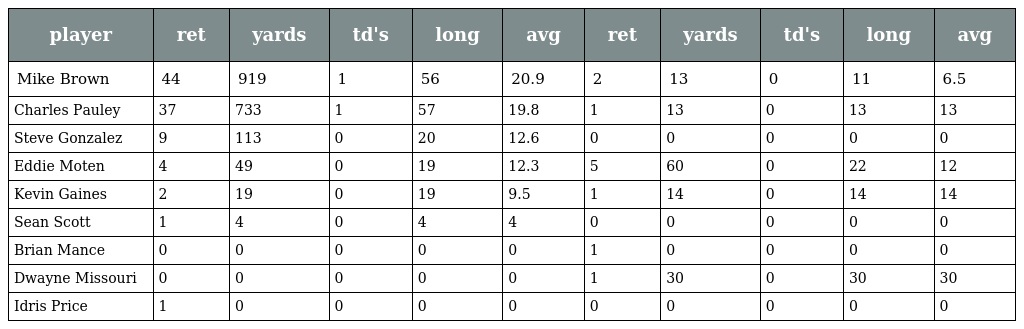
| player | ret | yards | td's | long | avg | ret | yards | td's | long | avg |
 | --- | --- | --- | --- | --- | --- | --- | --- | --- | --- | --- |
 | Mike Brown | 44 | 919 | 1 | 56 | 20.9 | 2 | 13 | 0 | 11 | 6.5 |
 | Charles Pauley | 37 | 733 | 1 | 57 | 19.8 | 1 | 13 | 0 | 13 | 13 |
 | Steve Gonzalez | 9 | 113 | 0 | 20 | 12.6 | 0 | 0 | 0 | 0 | 0 |
 | Eddie Moten | 4 | 49 | 0 | 19 | 12.3 | 5 | 60 | 0 | 22 | 12 |
 | Kevin Gaines | 2 | 19 | 0 | 19 | 9.5 | 1 | 14 | 0 | 14 | 14 |
 | Sean Scott | 1 | 4 | 0 | 4 | 4 | 0 | 0 | 0 | 0 | 0 |
 | Brian Mance | 0 | 0 | 0 | 0 | 0 | 1 | 0 | 0 | 0 | 0 |
 | Dwayne Missouri | 0 | 0 | 0 | 0 | 0 | 1 | 30 | 0 | 30 | 30 |
 | Idris Price | 1 | 0 | 0 | 0 | 0 | 0 | 0 | 0 | 0 | 0 |